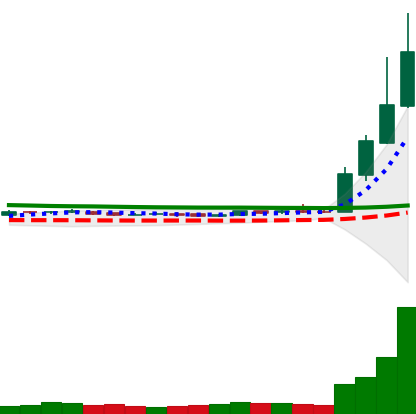
Ticker: DOGE-USD
Chart end date: 2019-04-04
Forward return: -21.991%
Label: down_7plus